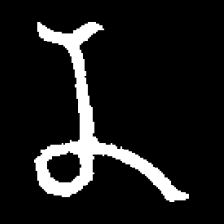
Pyu character \u2014 Myanmar letter: န (romanized: na)